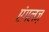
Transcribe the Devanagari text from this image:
एंगलज़